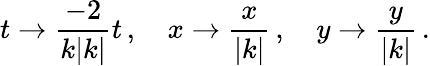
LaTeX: t\to{\frac{-2}{k|k|}}t\, ,\, \, \, \, \, \, x\to{\frac{x}{|k|}}\, ,\, \, \, \, \, \, y\to{\frac{y}{|k|}}\, .